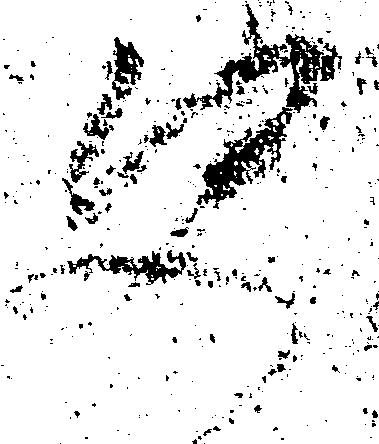
決